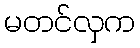
မတင်လှက